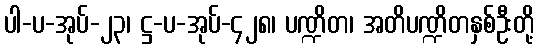
ပါ-ပ-အုပ်-၂၃၊ ဋ္ဌ-ပ-အုပ်-၄၂၈၊ ပဏ္ဍိတ၊ အတိပဏ္ဍိတနှစ်ဦးတို့